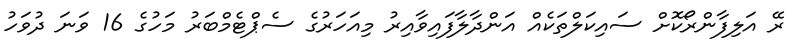
ރޭ އަލިފާންރޯކޮށް ސައިކަލްތަކެއް އަންދާލާފައިވާއިރު މިއަހަރުގެ ސެޕްޓެމްބަރު މަހުގެ 16 ވަނަ ދުވަހު